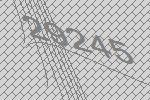
29245